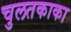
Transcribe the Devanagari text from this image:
चुलतकाका